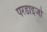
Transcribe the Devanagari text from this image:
परडाइजो